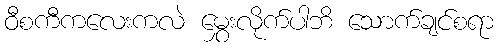
ဝီစကီကလေးကလဲ မွှေးလိုက်ပါဘိ သောက်ချင်စရာ